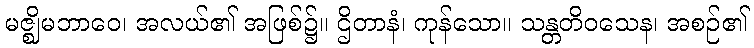
မဇ္ဈိမဘာဝေ၊ အလယ်၏ အဖြစ်၌။ ဌိတာနံ၊ ကုန်သော။ သန္တတိဝသေန၊ အစဉ်၏